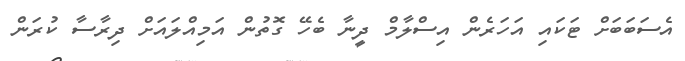
އެސަބަބަށް ޓަކައި އަހަރެން އިސްލާމް ދީނާ ބެހޭ ގޮތުން އަމިއްލައަށް ދިރާސާ ކުރަން